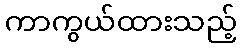
ကာကွယ်ထားသည့်